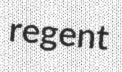
regent